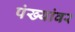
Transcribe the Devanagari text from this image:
पंख्यांवर